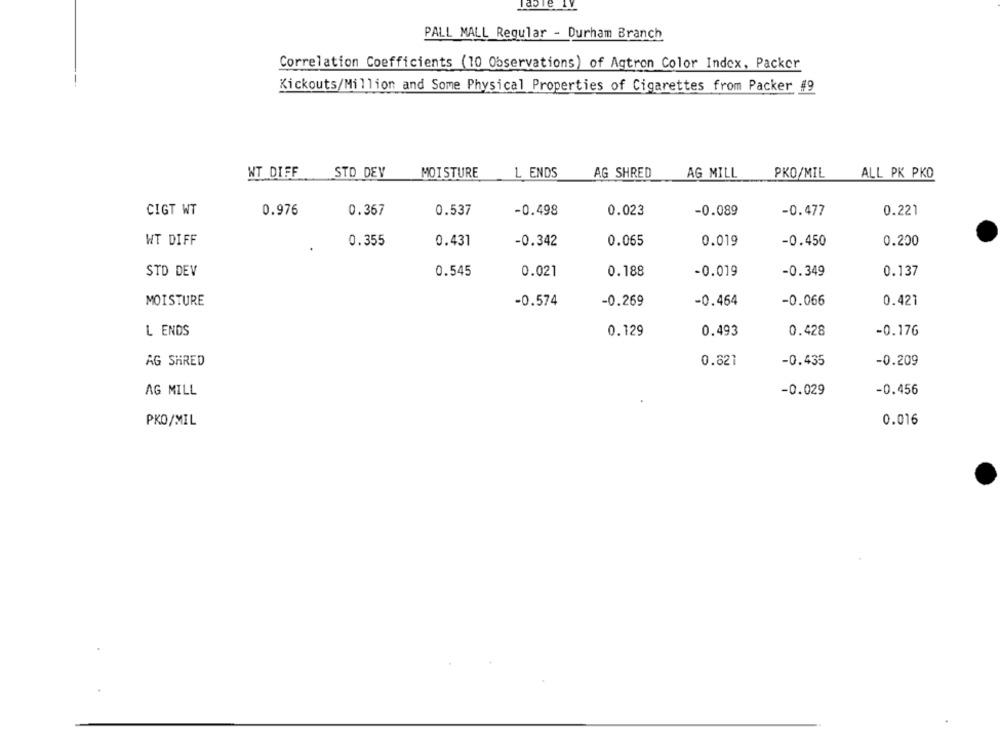
Table 1
PALL MALL Regular - Durham Branch
Correlation Coefficients (10 Observations) of Agtron Color Index, Packer
Kickouts/Million and Some Physical Properties of Cigarettes from Packer #9
L ENDS
NT DIFF
STO DEV
MOISTURE
AG SHRED
AG MILL
PKO/MIL
ALL PK PKO
0.367
-0.498
CIGT WT
0.976
0.537
0.023
-0.089
-0.477
0.221
WT DIFF
0.355
0.431
-0.342
0.065
0.019
-0.450
0.200
-0.349
STD DEV
0.545
0.021
0.188
-0.019
0.137
MOISTURE
-0.574
-0.269
-0.464
-0.066
0.421
L ENDS
0.129
0.493
0.428
-0.176
-0.209
AG SHRED
0.821
-0.435
-0.029
-0.456
AG MILL
0.016
PKO/MIL